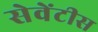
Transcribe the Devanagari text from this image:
सेवेंटीस